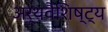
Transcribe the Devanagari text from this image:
अर्थवैशिष्ट्य